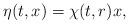
LaTeX: \begin{align*}\eta(t,x) = \chi(t,r) x,\end{align*}